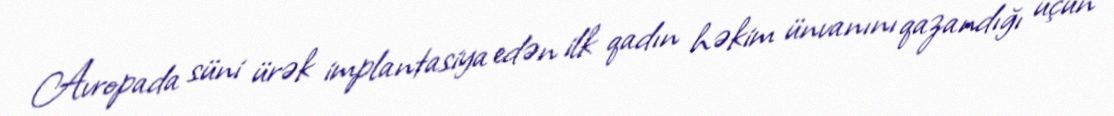
Avropada süni ürək implantasiya edən ilk qadın həkim ünvanını qazandığı üçün